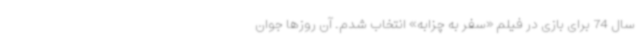
سال 74 برای بازی در فیلم «سفر به چزابه» انتخاب شدم. آن روزها جوان